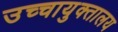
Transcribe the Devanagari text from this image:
उच्चायुक्तालय